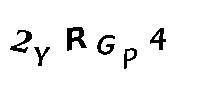
2YRGP4